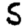
Digit: 5